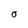
Character: O